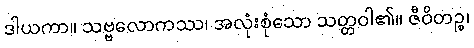
ဒါယကာ။ သဗ္ဗလောကဿ၊ အလုံးစုံသော သတ္တဝါ၏။ ဇီဝိတဉ္စ၊